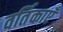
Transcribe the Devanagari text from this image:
वर्तिकाएँ